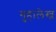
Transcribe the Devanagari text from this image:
गुहालेख